画像に写った文字を読んでください
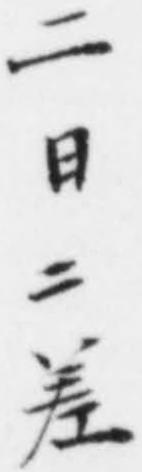
「二日ニ差」と書いてあります